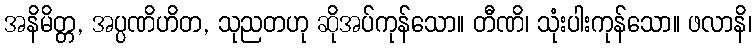
အနိမိတ္တ, အပ္ပဏိဟိတ, သုညတဟု ဆိုအပ်ကုန်သော။ တီဏိ၊ သုံးပါးကုန်သော။ ဖလာနိ၊